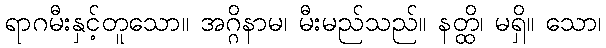
ရာဂမီးနှင့်တူသော။ အဂ္ဂိနာမ၊ မီးမည်သည်။ နတ္ထိ၊ မရှိ။ သော၊